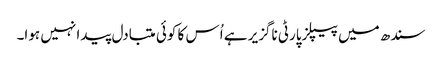
سندھ میں پیپلزپارٹی ناگزیر ہے اُس کا کوئی متبادل پیدا نہیں ہوا۔